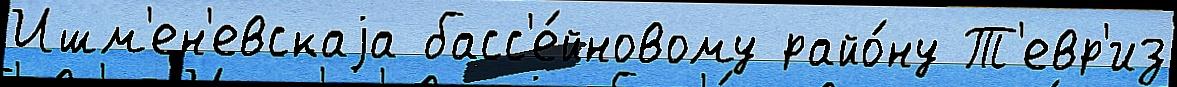
Ишм'ен'евскаjа басс'е́йновому райо́ну Т'евр'из